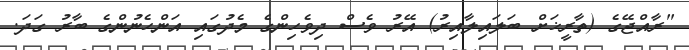
"ރާއްޖޭގެ (ތާރީޚަށް ބަލައިލާއިރު) އޭރު ވެސް ދިވެހިންގެ މެދުގައި އަންހެނުންގެ ބާރު ގަަަދަ.